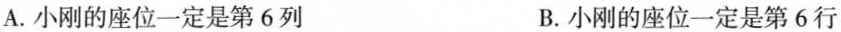
A.小刚的座位一定是第6列 B.小刚的座位一定是第6行